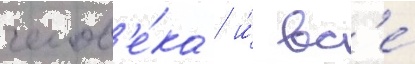
челов'е́ка / и́ вс'е́